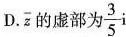
D $$\ overline { z }$$ 的虚部为 \frac{3}{5}i